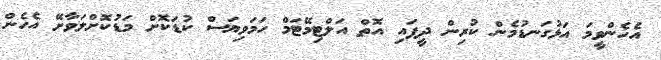
އެހެންވީމަ އަޅުގަނޑުމެން ކުރިން ދީފައި އޮތް އަލްޓިމޭޓަމް ހަމަވިޔަސް ކުޑަކޮށް މަޑުކޮށްލަވާށޭ އެހެން